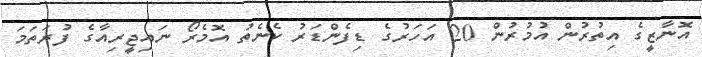
އޮނާޒީގެ އިތުރުން އުމުރުން 20 އަހަރުގެ ޑިފެންޑަރު ކެނެތު އޮމެރޯ ނައިޖީރިއާގެ ފުރަތަމަ